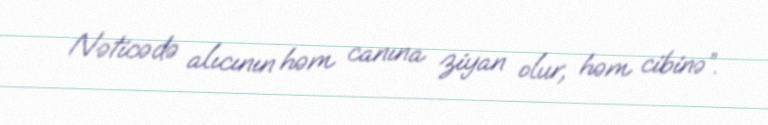
Nəticədə alıcının həm canına ziyan olur, həm cibinə”.